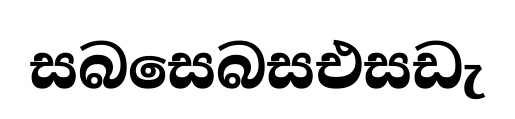
සබසෙබසඑසඩැ